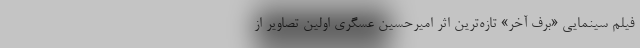
فیلم سینمایی «برف آخر» تازه‌ترین اثر امیرحسین عسگری اولین تصاویر از